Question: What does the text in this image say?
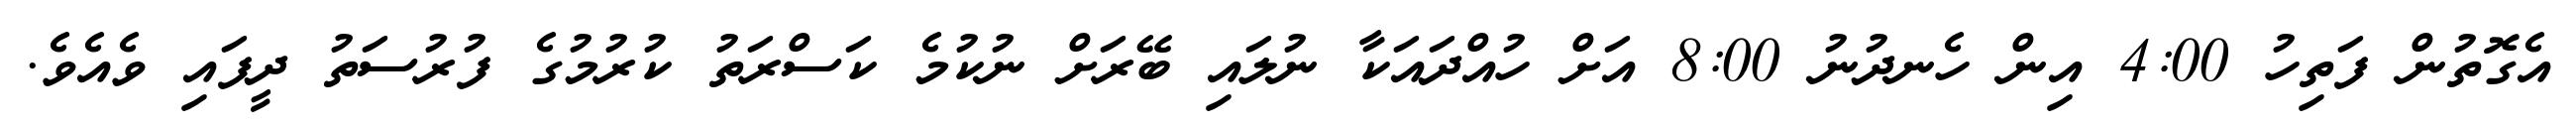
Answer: އެގޮތުން ފަތިހު 4:00 އިން ހެނދުނު 8:00 އަށް ހުއްދައަކާ ނުލައި ބޭރަށް ނުކުމެ ކަސްރަތު ކުރުމުގެ ފުރުސަތު ދީފައި ވެއެވެ.